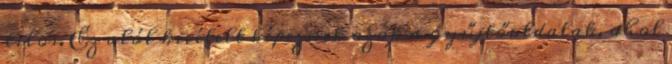
tilos. Ez alól kivételt képeznek azok a gyűjtőoldalak, ahol